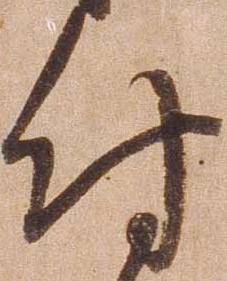
付